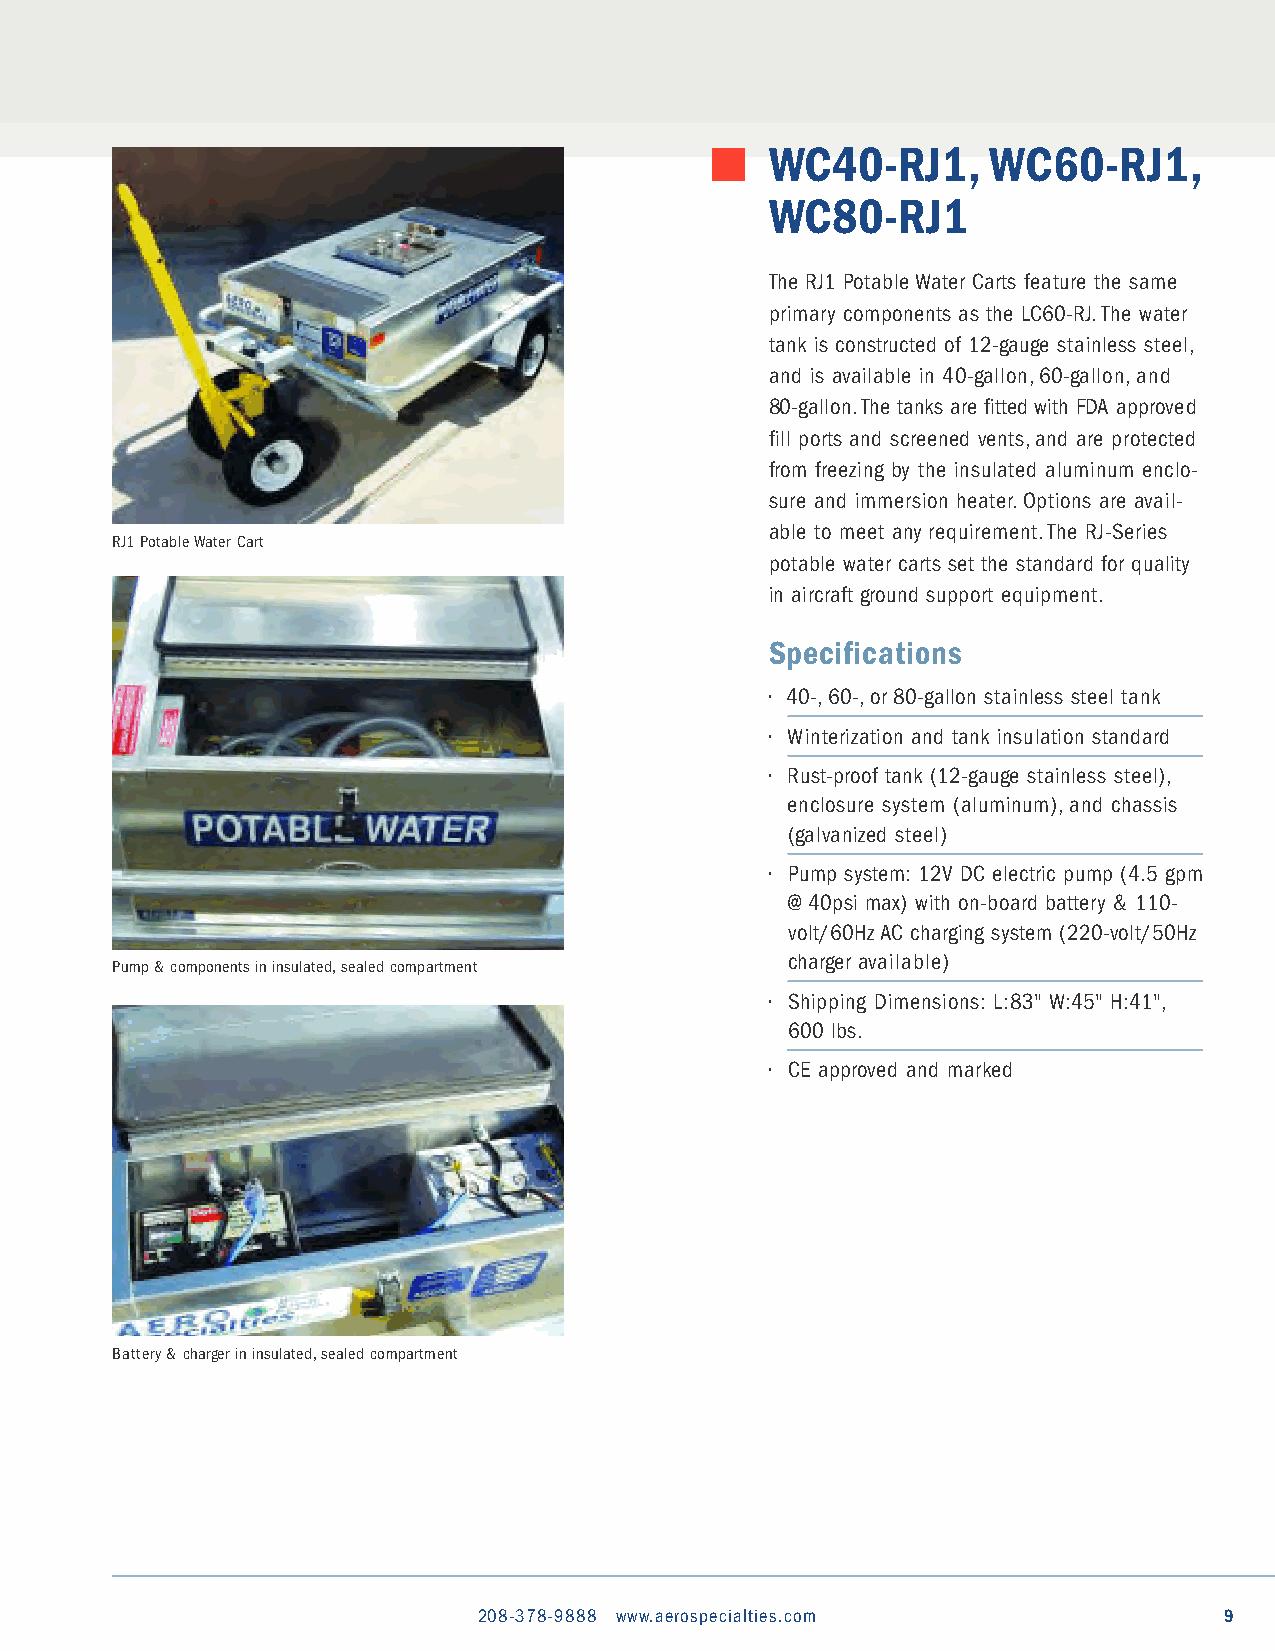
WC40-RJ1,      WC60-RJ1,
 WC80-RJ1
 The RJ1 Potable Water Carts feature the same
 primary components as the LC60-RJ.The water
 tank is constructed of 12-gauge stainless steel,
 and is available in 40-gallon,60-gallon,and
 80-gallon.The tanks are fitted with FDA approved
 fill ports and screened vents,and are protected
 from freezing by the insulated aluminum enclo-
 sure and immersion heater.Options are avail-
 able to meet any requirement.The RJ-Series
 RJ1 Potable Water Cart
 potable water carts set the standard for quality
 in aircraft ground support equipment.
 Specifications
 • 40-,60-,or 80-gallon stainless steel tank
 • Winterization and tank insulation standard
 • Rust-proof tank (12-gauge stainless steel),
 enclosure system (aluminum),and chassis
 (galvanized steel)
 • Pump system: 12V DC electric pump (4.5 gpm
 @ 40psi max) with on-board battery & 110-
 volt/60Hz AC charging system (220-volt/50Hz
 charger available)
 Pump & components in insulated,sealed compartment
 • Shipping Dimensions: L:83" W:45" H:41",
 600 lbs.
 • CE approved and marked
 Battery & charger in insulated,sealed compartment
 208-378-9888 www.aerospecialties.com             9